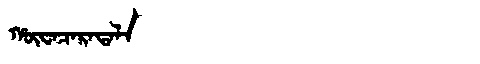
Manchu: ᡥᡡᠸᠠᠴᠠᡵᠠᡨᠠᠯᠠ
Romanization: HŪWACARATALA